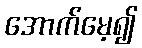
အောက်မေ့၍